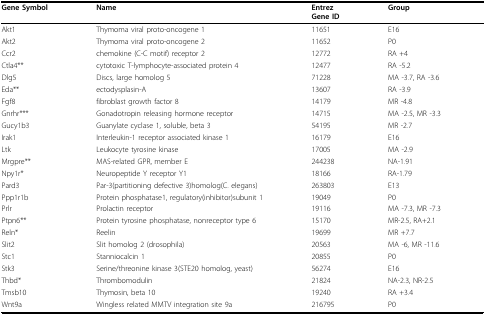
<table><thead><tr><td><b>Gene Symbol</b></td><td><b>Name</b></td><td><b>EntrezGene ID</b></td><td><b>Group</b></td></tr></thead><tbody><tr><td>Akt1</td><td>Thymoma viral proto-oncogene 1</td><td>11651</td><td>E16</td></tr><tr><td>Akt2</td><td>Thymoma viral proto-oncogene 2</td><td>11652</td><td>P0</td></tr><tr><td>Ccr2</td><td>chemokine (C-C motif) receptor 2</td><td>12772</td><td>RA +4</td></tr><tr><td>Ctla4**</td><td>cytotoxic T-lymphocyte-associated protein 4</td><td>12477</td><td>RA -5.2</td></tr><tr><td>Dlg5</td><td>Discs, large homolog 5</td><td>71228</td><td>MA -3.7, RA -3.6</td></tr><tr><td>Eda**</td><td>ectodysplasin-A</td><td>13607</td><td>RA -3.9</td></tr><tr><td>Fgf8</td><td>fibroblast growth factor 8</td><td>14179</td><td>MR -4.8</td></tr><tr><td>Gnrhr***</td><td>Gonadotropin releasing hormone receptor</td><td>14715</td><td>MA -2.5, MR -3.3</td></tr><tr><td>Gucy1b3</td><td>Guanylate cyclase 1, soluble, beta 3</td><td>54195</td><td>MR -2.7</td></tr><tr><td>Irak1</td><td>Interleukin-1 receptor associated kinase 1</td><td>16179</td><td>E16</td></tr><tr><td>Ltk</td><td>Leukocyte tyrosine kinase</td><td>17005</td><td>MA -2.9</td></tr><tr><td>Mrgpre**</td><td>MAS-related GPR, member E</td><td>244238</td><td>NA-1.91</td></tr><tr><td>Npy1r*</td><td>Neuropeptide Y receptor Y1</td><td>18166</td><td>RA-1.79</td></tr><tr><td>Pard3</td><td>Par-3(partitioning defective 3)homolog(C. elegans)</td><td>263803</td><td>E13</td></tr><tr><td>Ppp1r1b</td><td>Protein phosphatase1, regulatory(inhibitor)subunit 1</td><td>19049</td><td>P0</td></tr><tr><td>Prlr</td><td>Prolactin receptor</td><td>19116</td><td>MA -7.3, MR -7.3</td></tr><tr><td>Ptpn6**</td><td>Protein tyrosine phosphatase, nonreceptor type 6</td><td>15170</td><td>MR-2.5, RA+2.1</td></tr><tr><td>Reln*</td><td>Reelin</td><td>19699</td><td>MR +7.7</td></tr><tr><td>Slit2</td><td>Slit homolog 2 (drosophila)</td><td>20563</td><td>MA -6, MR -11.6</td></tr><tr><td>Stc1</td><td>Stanniocalcin 1</td><td>20855</td><td>P0</td></tr><tr><td>Stk3</td><td>Serine/threonine kinase 3(STE20 homolog, yeast)</td><td>56274</td><td>E16</td></tr><tr><td>Thbd*</td><td>Thrombomodulin</td><td>21824</td><td>NA-2.3, NR-2.5</td></tr><tr><td>Tmsb10</td><td>Thymosin, beta 10</td><td>19240</td><td>RA +3.4</td></tr><tr><td>Wnt9a</td><td>Wingless related MMTV integration site 9a</td><td>216795</td><td>P0</td></tr></tbody></table>